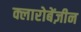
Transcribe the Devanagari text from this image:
क्लारोबेंज़ीन